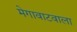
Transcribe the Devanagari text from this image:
मेगावाटवाला